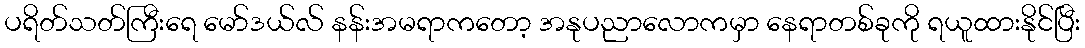
ပရိတ်သတ်ကြီးရေ မော်ဒယ်လ် နန်းအမရာကတော့ အနုပညာလောကမှာ နေရာတစ်ခုကို ရယူထားနိုင်ပြီး